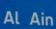
al